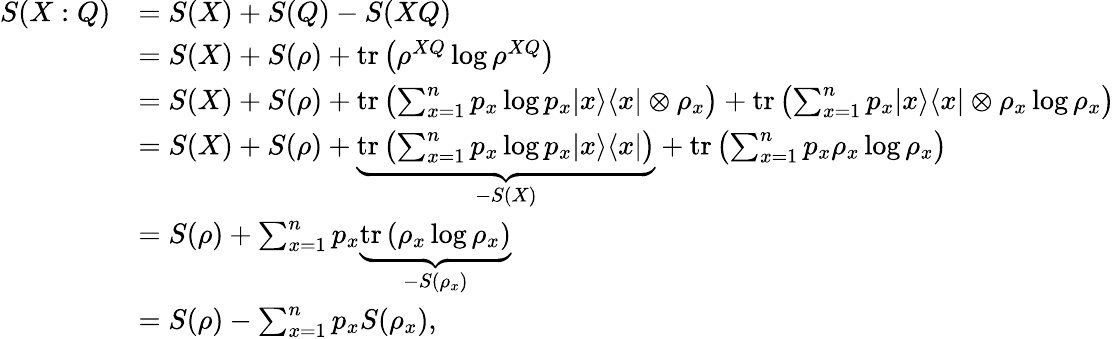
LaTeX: {\begin{array}{rl}{S(X:Q)}&{=S(X)+S(Q)-S(XQ)}\\ &{=S(X)+S(\rho)+\operatorname{tr}\left(\rho^{XQ}\log\rho^{XQ}\right)}\\ &{=S(X)+S(\rho)+\operatorname{tr}\left(\sum_{x=1}^{n}p_{x}\log p_{x}|x\rangle\langle x|\otimes\rho_{x}\right)+\operatorname{tr}\left(\sum_{x=1}^{n}p_{x}|x\rangle\langle x|\otimes\rho_{x}\log\rho_{x}\right)}\\ &{=S(X)+S(\rho)+\underbrace{\operatorname{tr}\left(\sum_{x=1}^{n}p_{x}\log p_{x}|x\rangle\langle x|\right)}_{-S(X)}+\operatorname{tr}\left(\sum_{x=1}^{n}p_{x}\rho_{x}\log\rho_{x}\right)}\\ &{=S(\rho)+\sum_{x=1}^{n}p_{x}\underbrace{\operatorname{tr}\left(\rho_{x}\log\rho_{x}\right)}_{-S(\rho_{x})}}\\ &{=S(\rho)-\sum_{x=1}^{n}p_{x}S(\rho_{x}),}\end{array}}